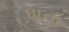
ઘાના